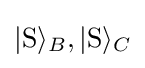
|\mathrm {S} \rangle _{B},|\mathrm {S} \rangle _{C}